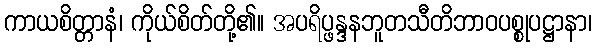
ကာယစိတ္တာနံ၊ ကိုယ်စိတ်တို့၏။ အပရိပ္ဖန္ဒနဘူတသီတိဘာဝပစ္စုပဋ္ဌာနာ၊